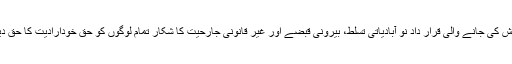
پاکستان کی جانب سے پیش کی جانے والی قرار داد نو آبادیاتی تسلط، بیرونی قبضے اور غیر قانونی جارحیت کا شکار تمام لوگوں کو حق خودارادیت کا حق دینے کا مطالبہ کرتی ہے۔